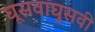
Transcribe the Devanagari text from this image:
घूसवाघुसवी